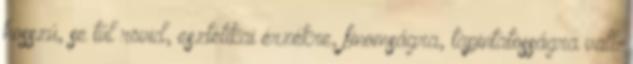
hosszú, se túl rövid, esztétikai érzékre, finomságra, tapintatosságra vall.